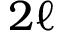
2 \ell